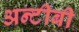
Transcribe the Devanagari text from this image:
अन्टीबी